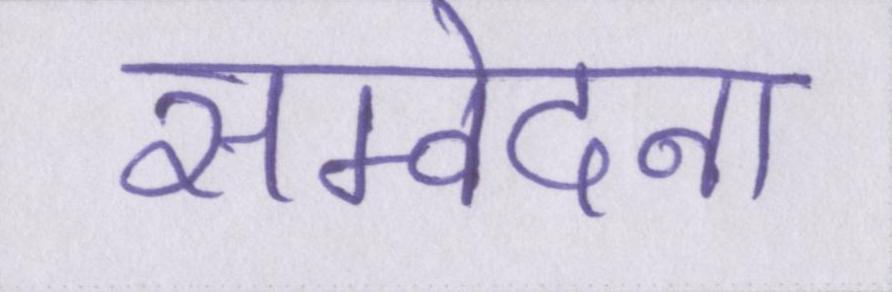
सम्वेदना